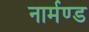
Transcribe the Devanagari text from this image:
नार्मण्ड